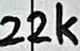
Text: 22k